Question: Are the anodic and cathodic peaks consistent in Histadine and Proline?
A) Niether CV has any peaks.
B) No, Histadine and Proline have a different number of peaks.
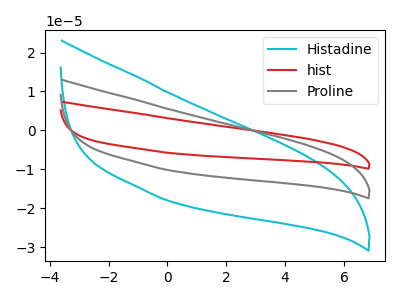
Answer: <think>The cyan curve "Histadine" has no peaks. The red curve "hist" has no peaks. The gray curve "Proline" has no peaks.</think>
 <answer>A) Niether CV has any peaks.</answer>
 <eval>A</eval>